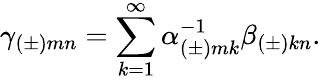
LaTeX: \gamma_{(\pm)mn}=\sum_{k=1}^{\infty}\alpha_{(\pm)mk}^{-1}\beta_{(\pm)kn}.